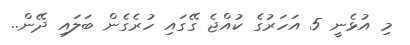
މި އުޅެނީ 5 އަހަރުގެ ކުއްޖެ ގޭގައި ހުރެގެން ބަލައި ދޭން..